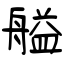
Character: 艗